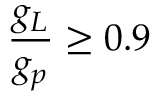
{ \frac { g _ { L } } { g _ { p } } } \geq 0 . 9